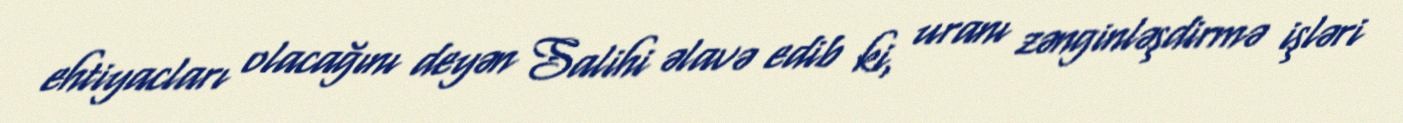
ehtiyacları olacağını deyən Salihi əlavə edib ki, uranı zənginləşdirmə işləri